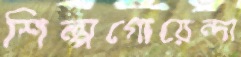
শিল্পগোয়েন্দা